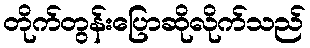
တိုက်တွန်းပြောဆိုလိုက်သည်